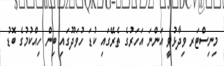
މިނިސްޓަރ ވިދާޅުވީ އަންނަ އަހަރުގެ ތެރޭގައި ކުޑަ ހުވަދޫގައި ބިން ހިއްކުމުގެ ބޮޑު